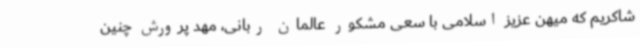
شاکریم که میهن عزیز اسلامی با سعی مشکور عالمان ربانی، مهد پرورش چنین